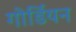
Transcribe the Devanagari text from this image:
गोर्डियन